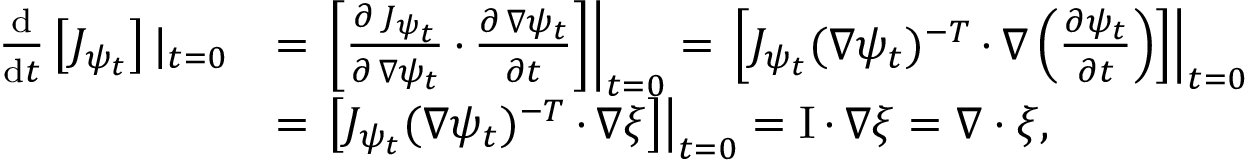
\begin{array} { r l } { \frac { \mathrm { d } } { \mathrm { d } t } \left[ J _ { \psi _ { t } } \right] | _ { t = 0 } } & { = \left. \left[ \frac { \partial \, J _ { \psi _ { t } } } { \partial \, \nabla \psi _ { t } } \, { \cdot } \, \frac { \partial \, \nabla \psi _ { t } } { \partial t } \right] \right| _ { t = 0 } = \left. \left[ J _ { \psi _ { t } } ( \nabla \psi _ { t } ) ^ { - T } \, { \cdot } \, \nabla \left( \frac { \partial \psi _ { t } } { \partial t } \right) \right] \right| _ { t = 0 } } \\ & { = \left. \left[ J _ { \psi _ { t } } ( \nabla \psi _ { t } ) ^ { - T } \, { \cdot } \, \nabla \xi \right] \right| _ { t = 0 } = \mathrm { I } \, { \cdot } \, \nabla \xi = \nabla \cdot \xi , } \end{array}